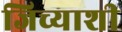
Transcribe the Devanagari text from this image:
जिच्याशी